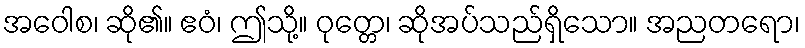
အဝေါစ၊ ဆို၏။ ဧဝံ၊ ဤသို့။ ဝုတ္တေ၊ ဆိုအပ်သည်ရှိသော။ အညတရော၊